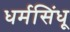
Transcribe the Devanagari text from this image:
धर्मसिंधू